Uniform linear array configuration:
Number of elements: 8
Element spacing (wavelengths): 1
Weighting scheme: uniform
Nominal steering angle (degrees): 30
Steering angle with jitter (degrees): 31.619
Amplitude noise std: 0.05
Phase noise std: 0.05

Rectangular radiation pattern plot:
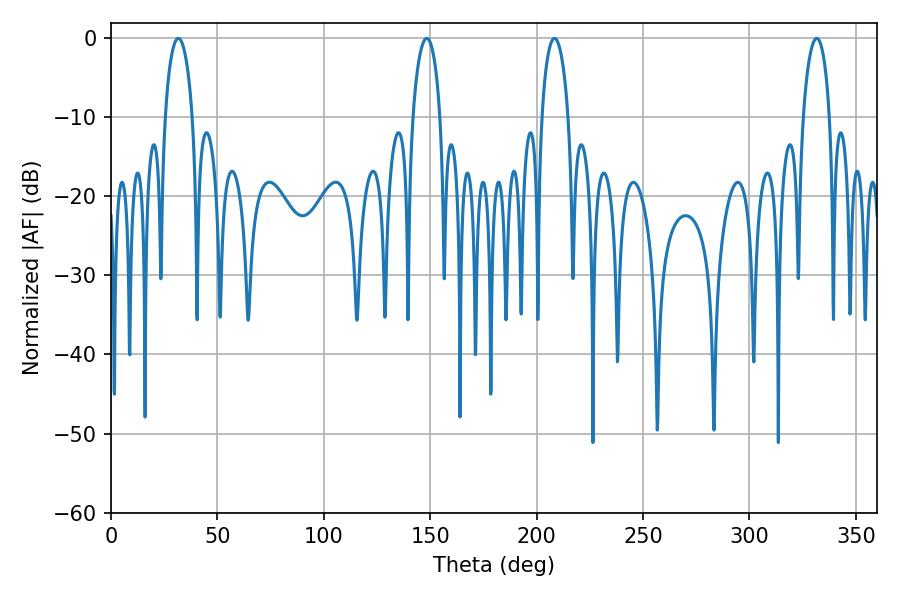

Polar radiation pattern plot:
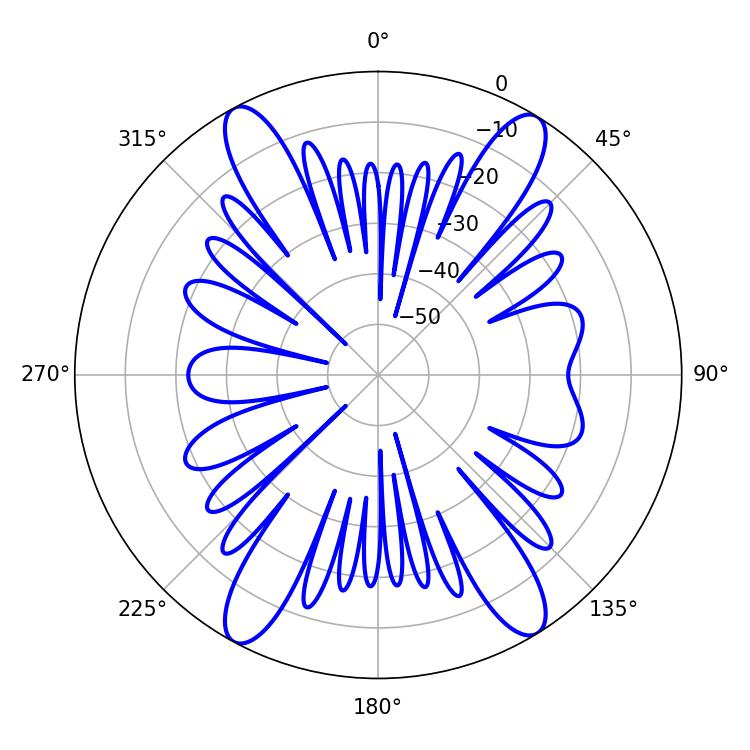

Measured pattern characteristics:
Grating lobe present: TRUE
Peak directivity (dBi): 19.288
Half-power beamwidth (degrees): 7.38
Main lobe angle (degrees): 31.68